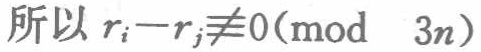
所以 \(r_{i}-r_{j}\not\equiv0(\bmod\ 3n)\)